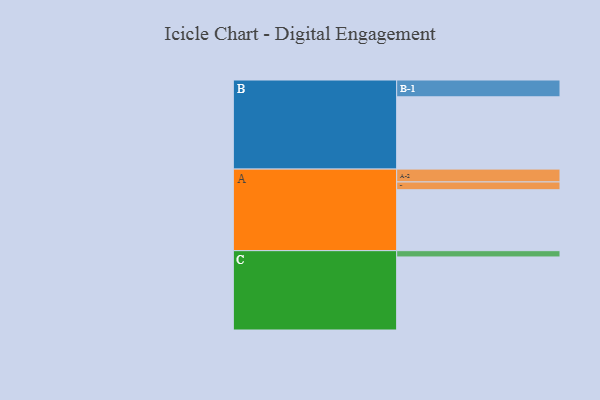
{"axis": {"x": "Segment", "y": "Value"}, "legend": ["", "A", "B", "C"], "data": [{"x": "A", "y": 493, "type": ""}, {"x": "B", "y": 585, "type": ""}, {"x": "C", "y": 591, "type": ""}, {"x": "A-1", "y": 63, "type": "A"}, {"x": "A-2", "y": 104, "type": "A"}, {"x": "B-1", "y": 136, "type": "B"}, {"x": "C-1", "y": 51, "type": "C"}]}